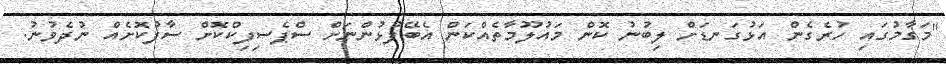
"މަގާމުގައި ހުރެގެން އަޅުގަނޑަށް ލިބުނު ކޮން މައުލޫމާތެއްކަން އެބޭފުޅުންނަށް ސްޕެސިފިކްކޮށް ސާފުކޮށެއް ނުދެވުނު.